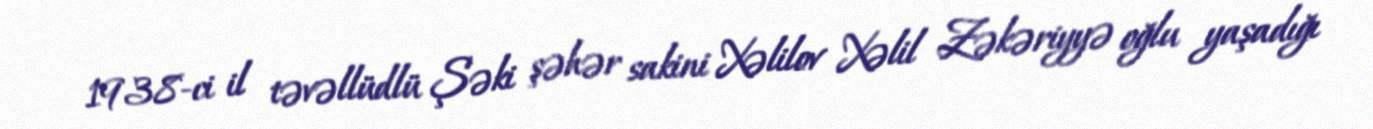
1938-ci il təvəllüdlü Şəki şəhər sakini Xəlilov Xəlil Zəkəriyyə oğlu yaşadığı